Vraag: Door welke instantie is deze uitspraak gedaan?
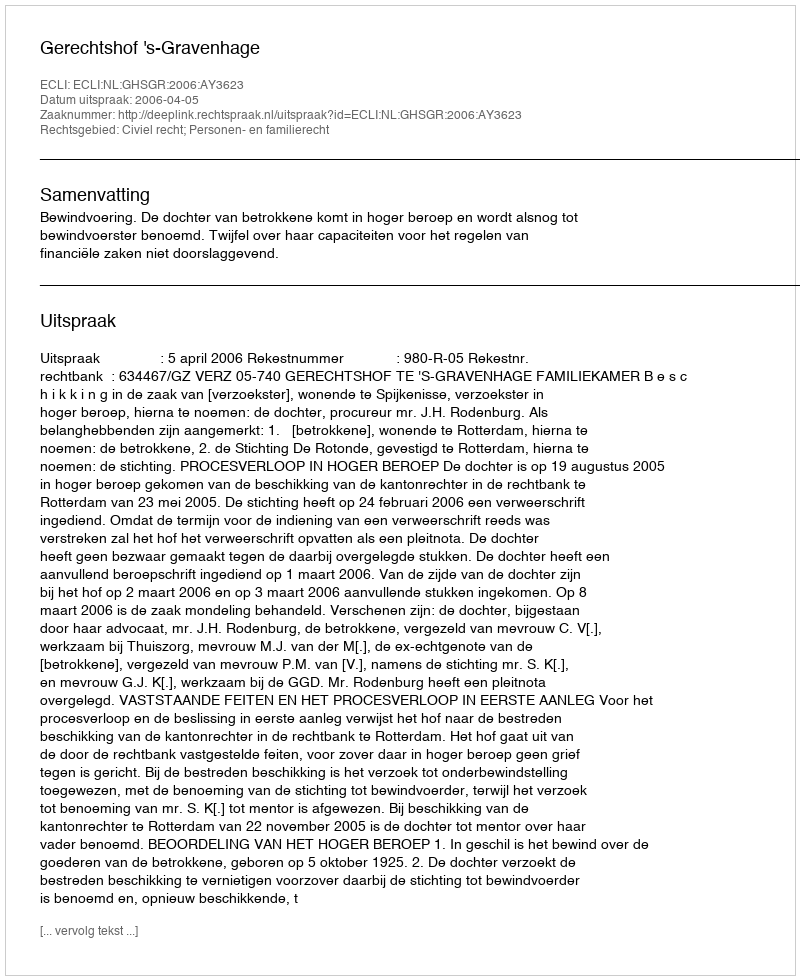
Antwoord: Gerechtshof 's-Gravenhage